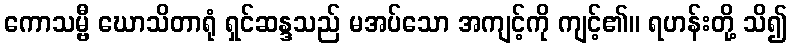
ကောသမ္ဗီ ဃောသိတာရုံ ရှင်ဆန္ဒသည် မအပ်သော အကျင့်ကို ကျင့်၏။ ရဟန်းတို့ သိ၍